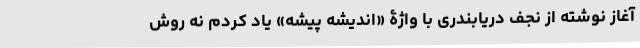
آغاز نوشته از نجف دریابندری با واژۀ «اندیشه پیشه» یاد کردم نه روش